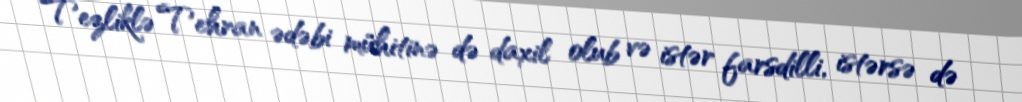
Tezliklə Tehran ədəbi mühitinə də daxil olub və istər farsdilli, istərsə də